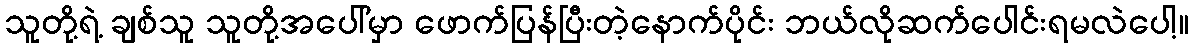
သူတို့ရဲ့ ချစ်သူ သူတို့အပေါ်မှာ ဖောက်ပြန်ပြီးတဲ့နောက်ပိုင်း ဘယ်လိုဆက်ပေါင်းရမလဲပေါ့။